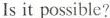
Isit possible?